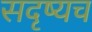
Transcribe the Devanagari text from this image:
सदृष्यच